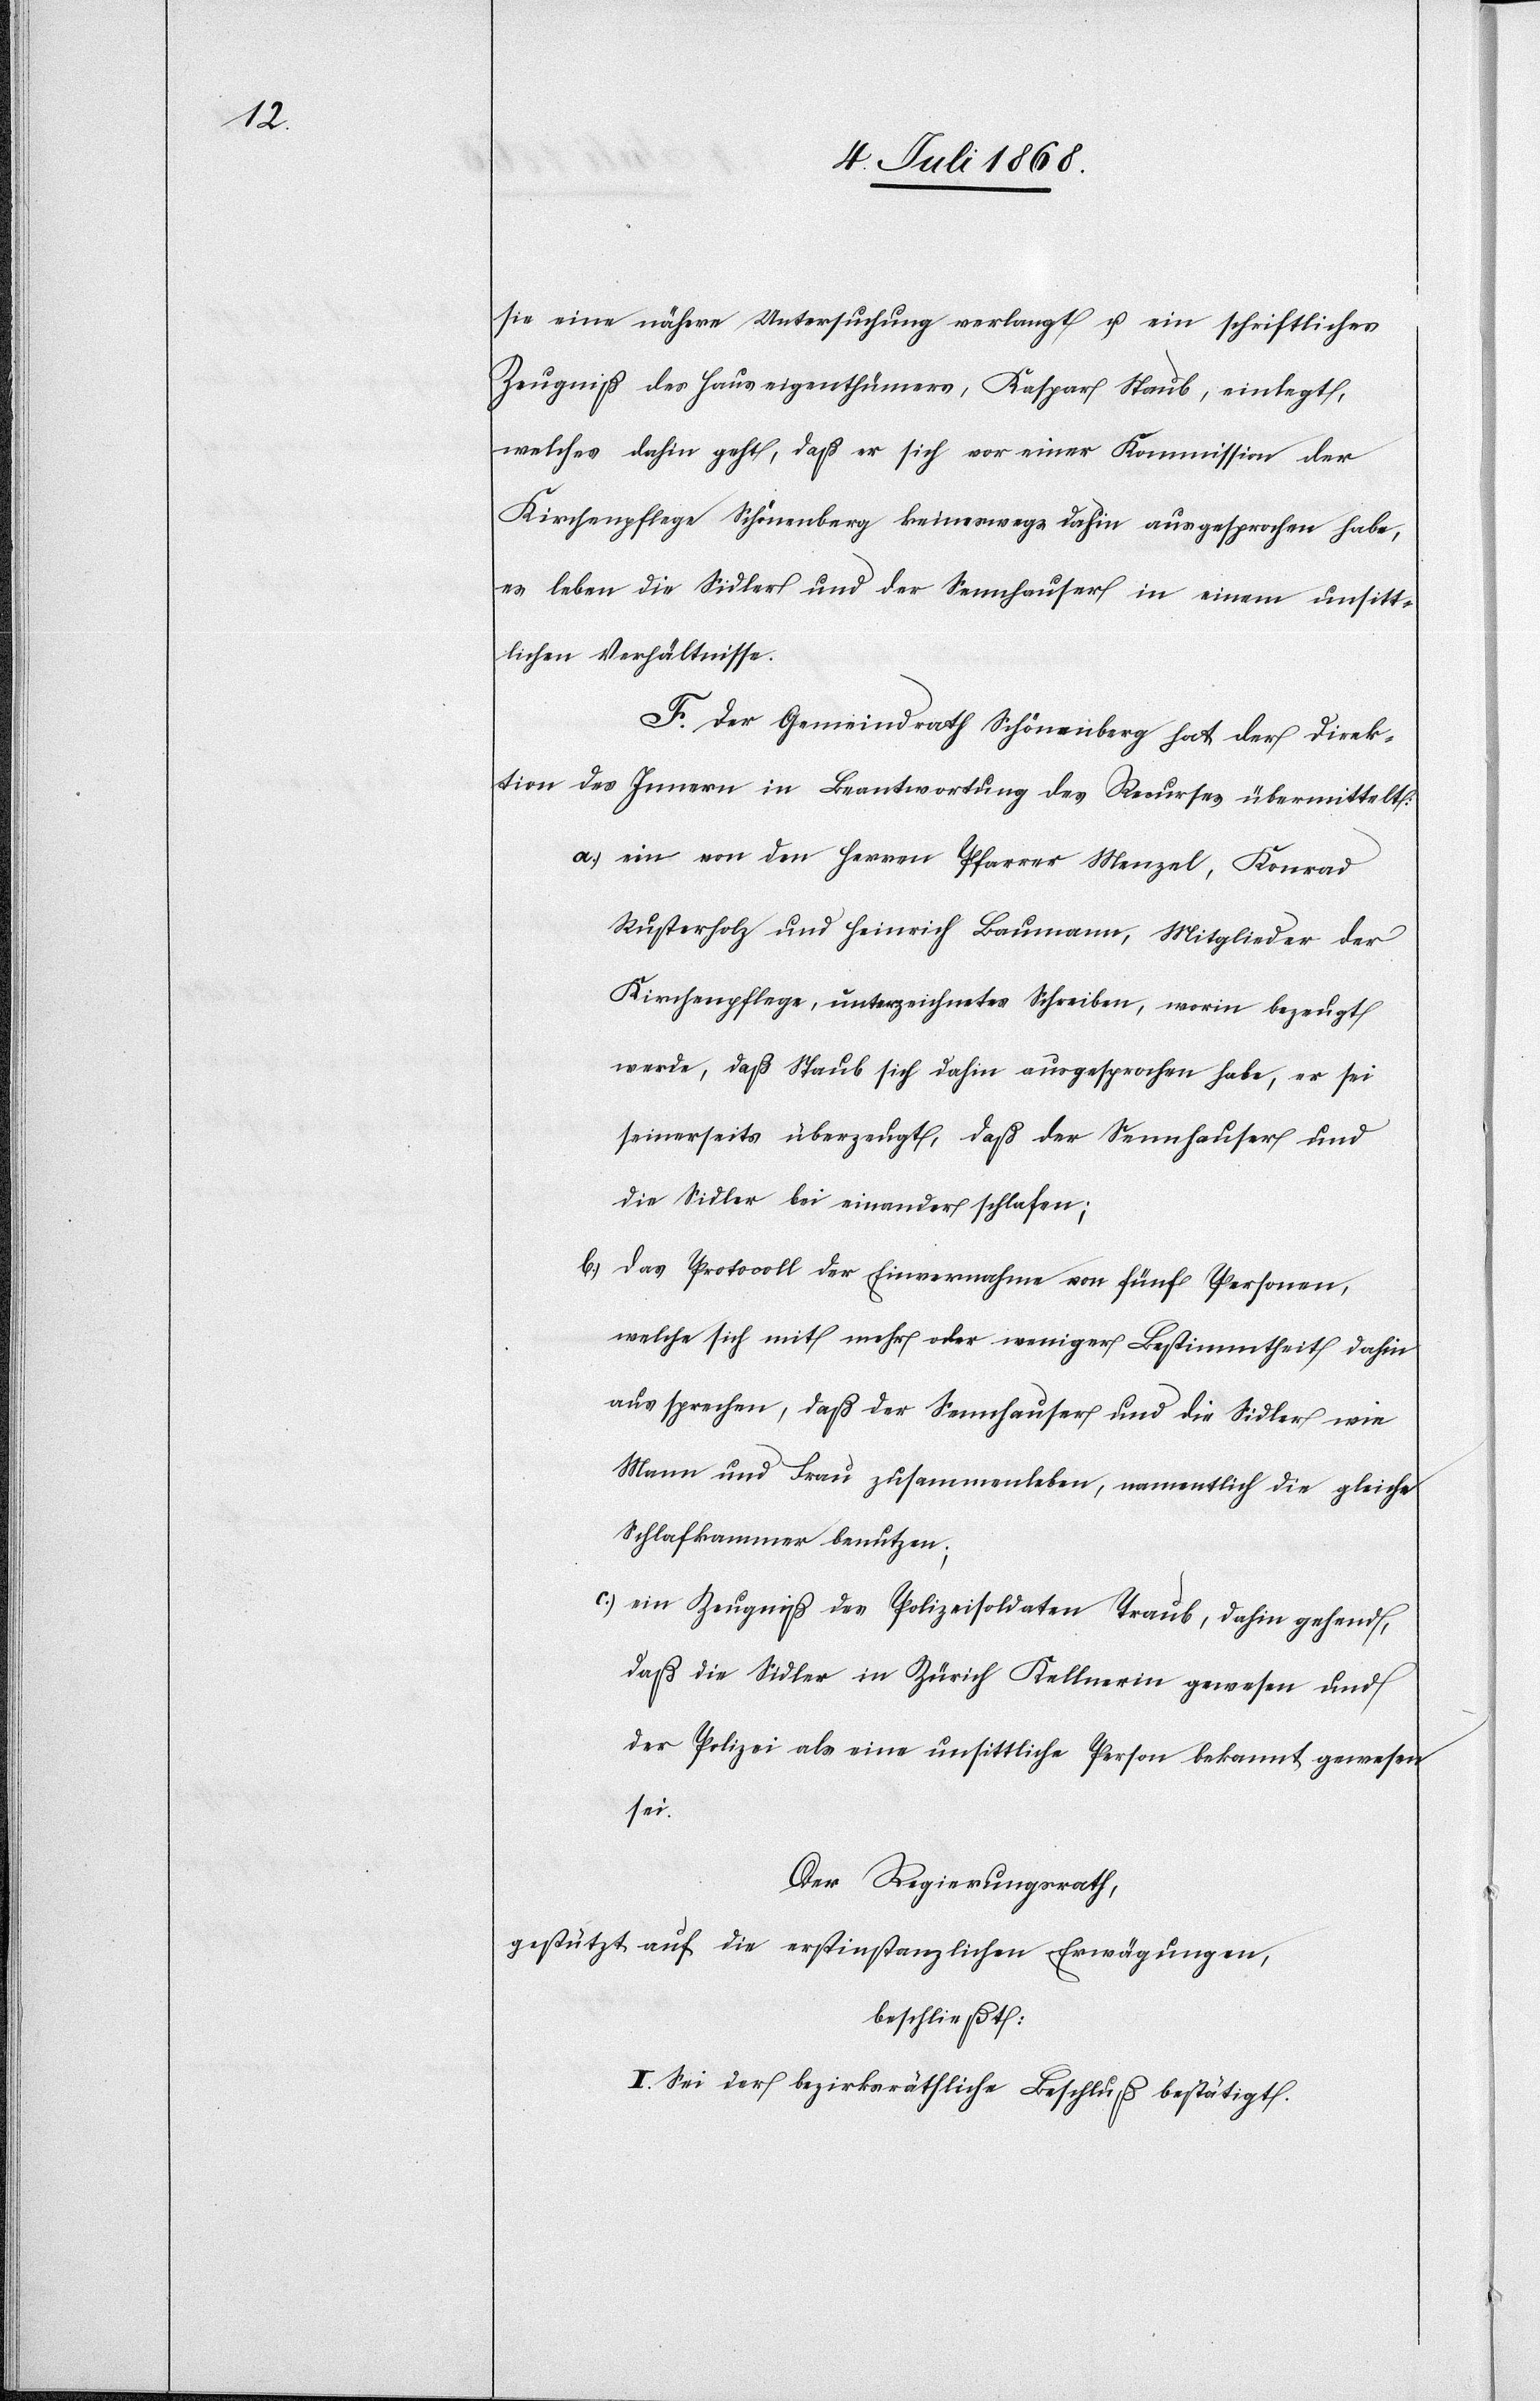
sie eine nähere Untersuchung verlangt u. ein schriftliches
Zeugniß des Hauseigenthümers, Kaspar Staub, einlegt,
welches dahin geht, daß er sich vor einer Kommission der
Kirchenpflege Schönenberg keineswegs dahin ausgesprochen habe,
es leben die Sidler und der Sennhauser in einem unsitt¬
lichen Verhältnisse.
F. Der Gemeindrath Schönenberg hat der Direk¬
tion des Innern in Beantwortung des Recurses übermittelt:
ein von den Herren Pfarrer Menzel, Konrad
Rusterholz und Heinrich Baumann, Mitglieder der
Kirchenpflege, unterzeichnetes Schreiben, worin bezeugt
werde, daß Staub sich dahin ausgesprochen habe, er sei
seinerseits überzeugt, daß der Sennhauser und
die Sidler bei einander schlafen;
das Protocoll der Einvernahme von fünf Personen,
welche sich mit mehr oder weniger Bestimmtheit dahin
aus sprechen, daß der Sennhauser und die Sidler wie
Mann und Frau zusammenleben, namentlich die gleiche
Schlafkammer benutzen;
ein Zeugniß des Polizeisoldaten Traub, dahin gehend,
daß die Sidler in Zürich Kellnerin gewesen und
der Polizei als eine unsittliche Person bekannt gewesen
sei.
Der Regierungsrath,
gestützt auf die erstinstanzlichen Erwägungen,
beschließt:
I. Sei der bezirksräthliche Beschluß bestätigt.